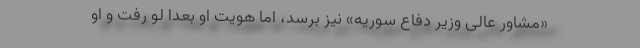
«مشاور عالی وزیر دفاع سوریه» نیز برسد، اما هویت او بعدا لو رفت و او